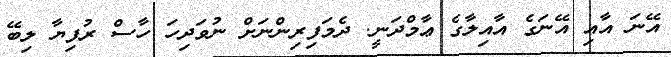
އޭނަ އާއި އޭނަގެ އާއިލާގެ ޢާމްދަނީ. ދެމަފިރިންނަށް ނުވަދިހަ ހާސް ރުފިޔާ ލިބޭ